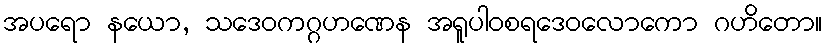
အပရော နယော, သဒေဝကဂ္ဂဟဏေန အရူပါဝစရဒေဝလောကော ဂဟိတော။